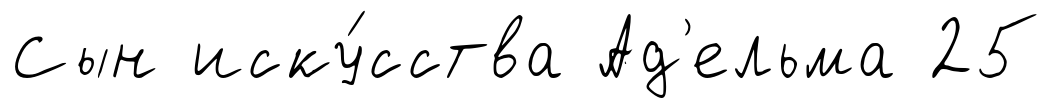
Сын иску́сства Ад'ельма 25